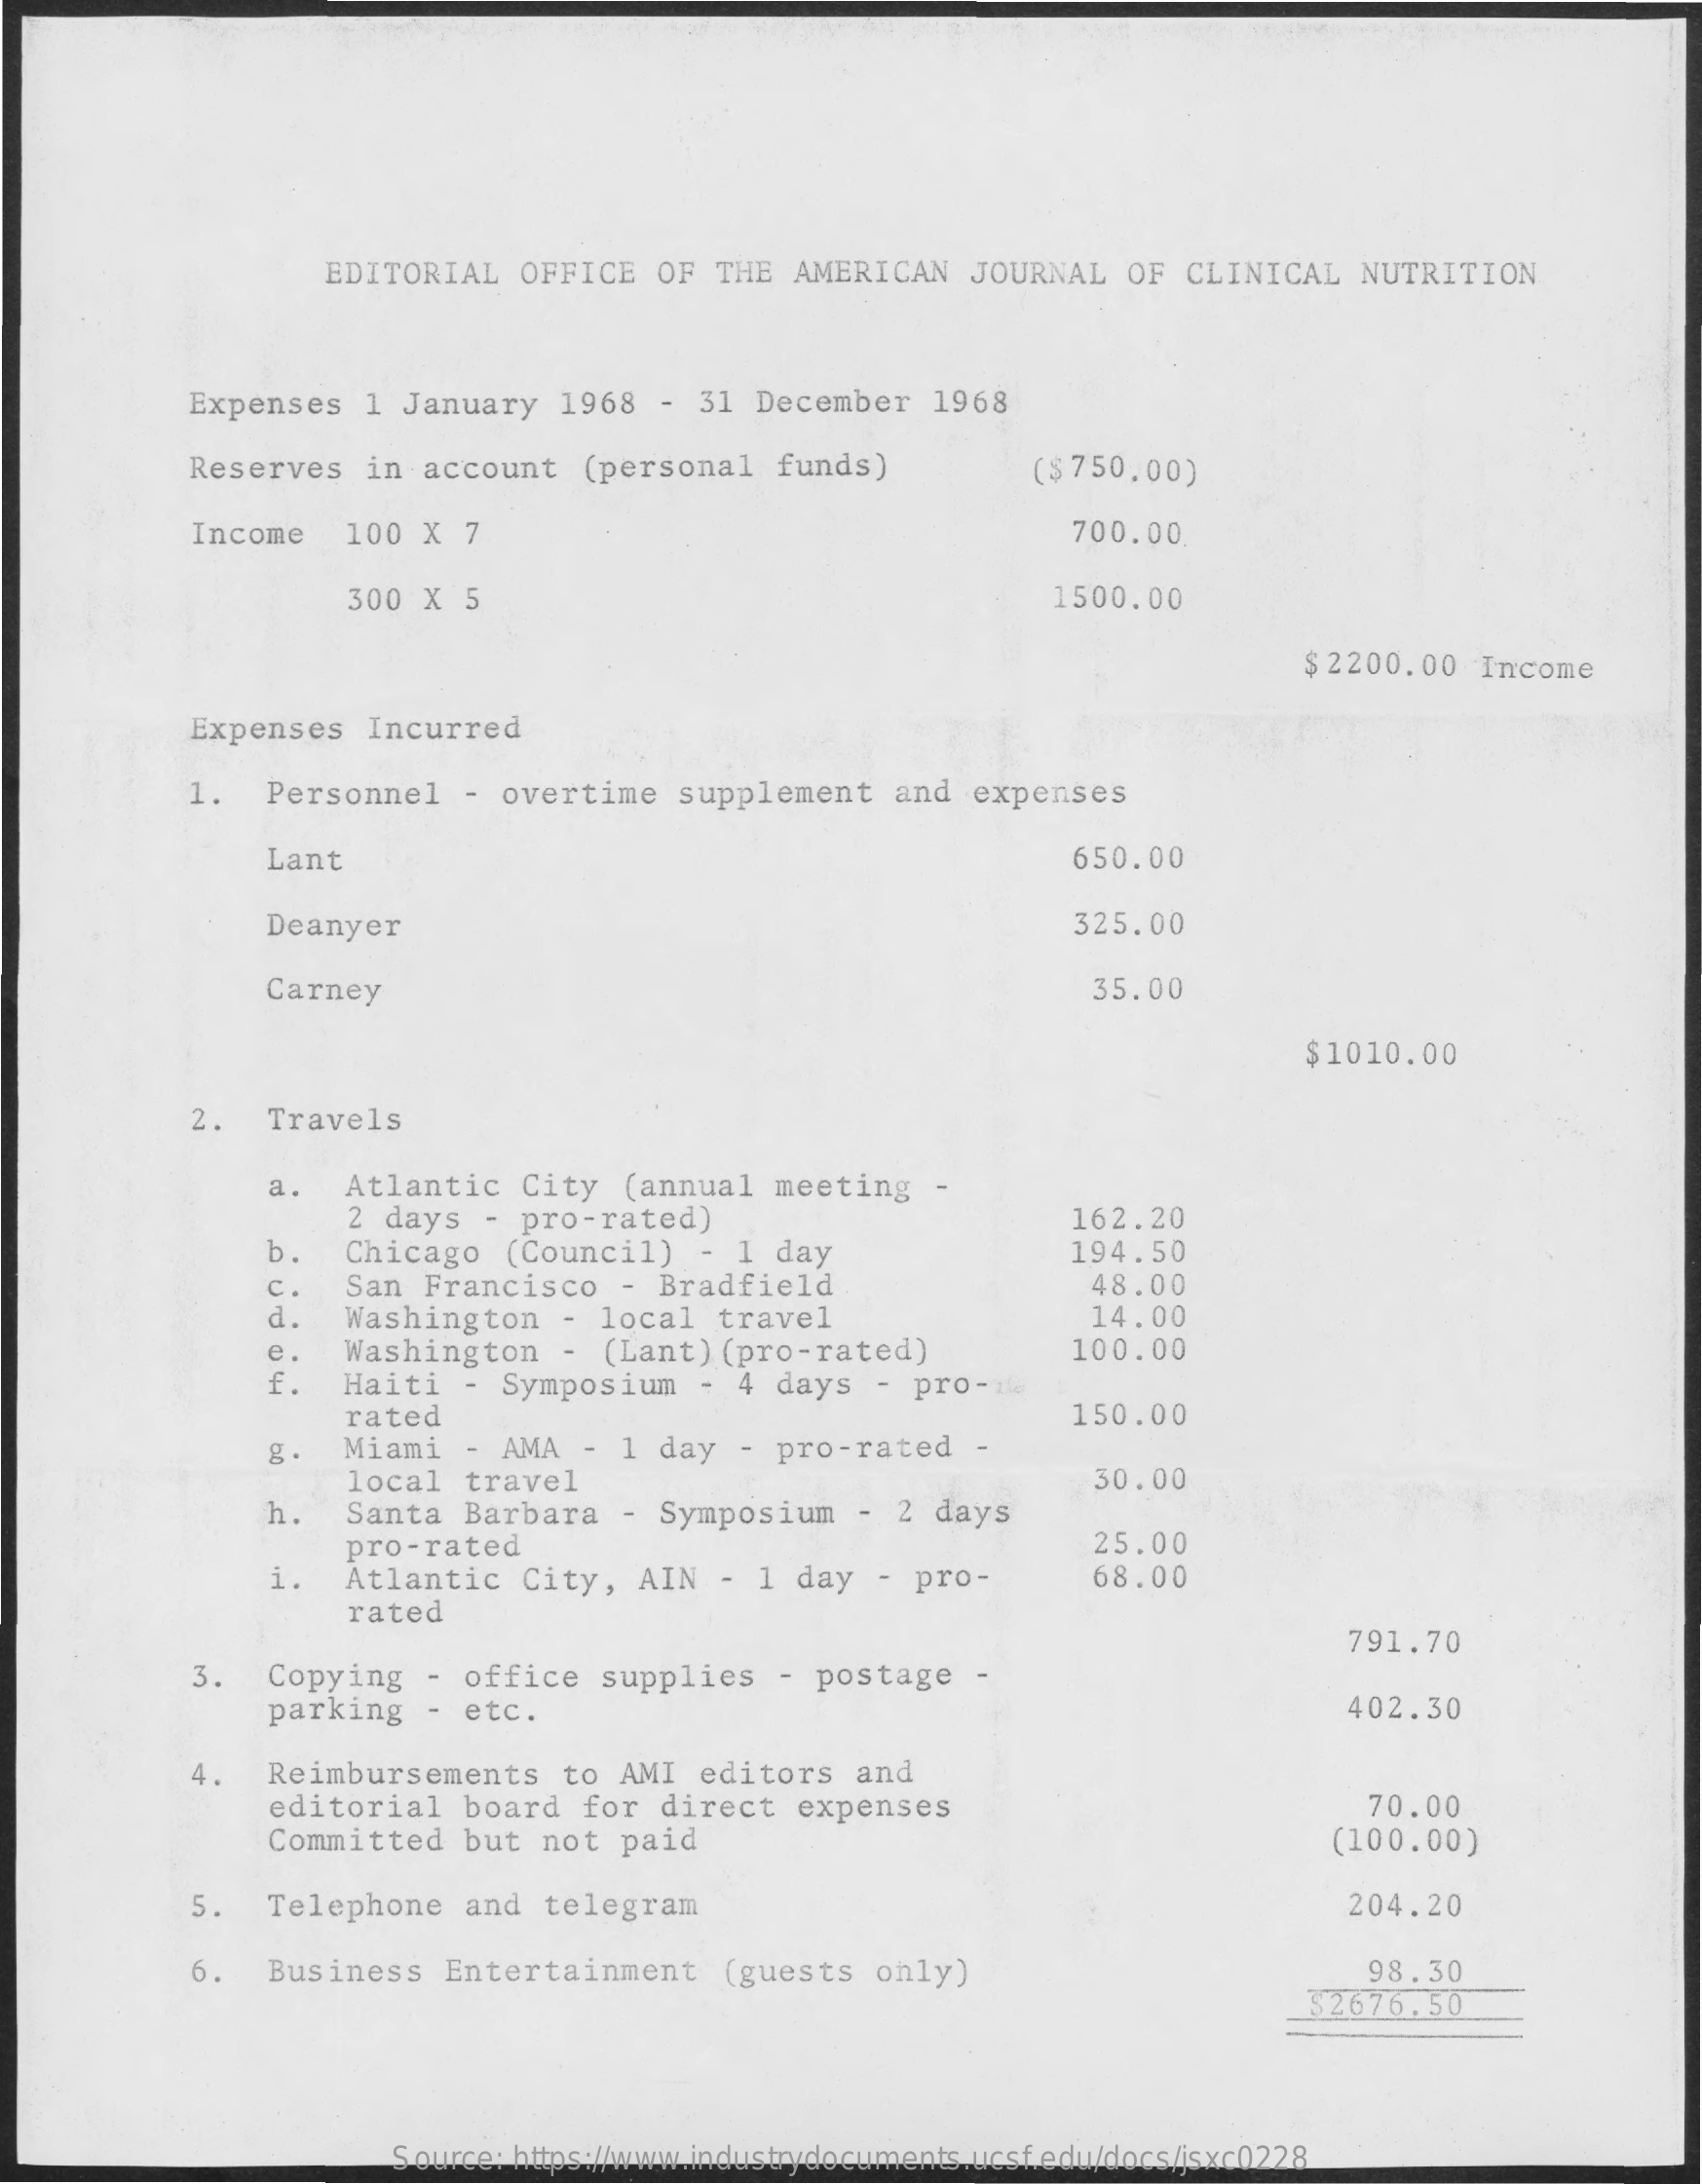
EDITORIAL   OFFICE   OF  THE  AMERICAN    JOURNAL   OF CLINICAL    NUTRITION
     Expenses    1 January   1968   - 31  December   1968
     Reserves    in account    (personal   funds)    ($750.00)
     Income    100 X  7    700.00
     300 X  5    1500.00
     $ 2200.00  Income
     Expenses    Incurred
     1.    Personnel   - overtime    supplement    and  expenses
     Lant    650.00
     Deanyer    325.00
     Carney    35.00
     $ 1010.00
     2.  Travels
     a.   Atlantic   City  (annual   meeting
     2 days  -  pro-rated)    162.20
     b.    Chicago   (Council)   -  1 day    194.50
     c.    48.00
     d.
     San Francisco    - Bradfield
     Washington    - local   travel    14.00
     e.   Washington    - (Lant)  (pro-rated)    100.00
     f.   Haiti   - Symposium    -  4 days   - pro-de
     Miami   - AMA   - 1  day  - pro-rated    -
     rated    150.00
     local  travel
     Santa  Barbara   -  Symposium    - 2 days
     30.00
     h.
     pro-rated    25.00
     i.  Atlantic    City,  AIN   - 1 day   - pro-    68.00
     rated
     791.70
     3.  Copying    - office   supplies   - postage    -
     parking   - etc.    402.30
     4.  Reimbursements    to  AMI  editors   and
     editorial   board   for  direct  expenses    70.00
     Committed   but  not  paid    (100.00)
     5.  Telephone    and  telegram    204.20
     6.   Business    Entertainment    (guests   only)    98.30
     52676.50
     Source: https://www.industrydocuments.ucsf.edu/docs/jsxc0228